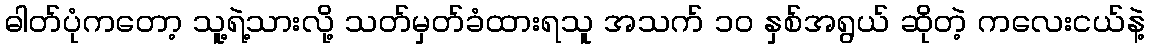
ဓါတ်ပုံကတော့ သူ့ရဲ့သားလို့ သတ်မှတ်ခံထားရသူ အသက် ၁၀ နှစ်အရွယ် ဆိုတဲ့ ကလေးငယ်နဲ့